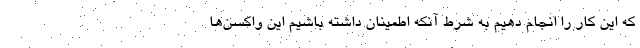
که این کار را انجام دهیم به شرط آنکه اطمینان داشته باشیم این واکسن‌ها